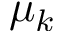
\mu _ { k }